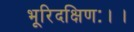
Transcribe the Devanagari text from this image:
भूरिदक्षिणः।।